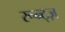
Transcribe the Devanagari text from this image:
रून्ट्ज़